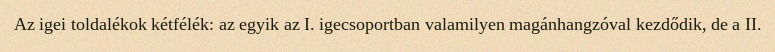
Az igei toldalékok kétfélék: az egyik az I. igecsoportban valamilyen magánhangzóval kezdődik, de a II.